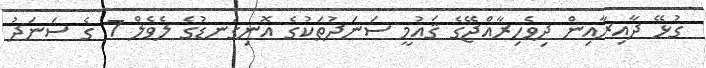
ގުޅޭ ދާއިރާއިން ދިވެހިރާއްޖޭގެ ޤައުމީ ސަނަދުތަކުގެ އޮނިގަނޑުގެ ލެވެލް 7 ގެ ސަނަދު